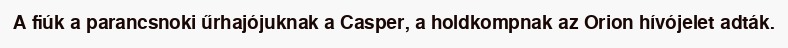
A fiúk a parancsnoki űrhajójuknak a Casper, a holdkompnak az Orion hívójelet adták.